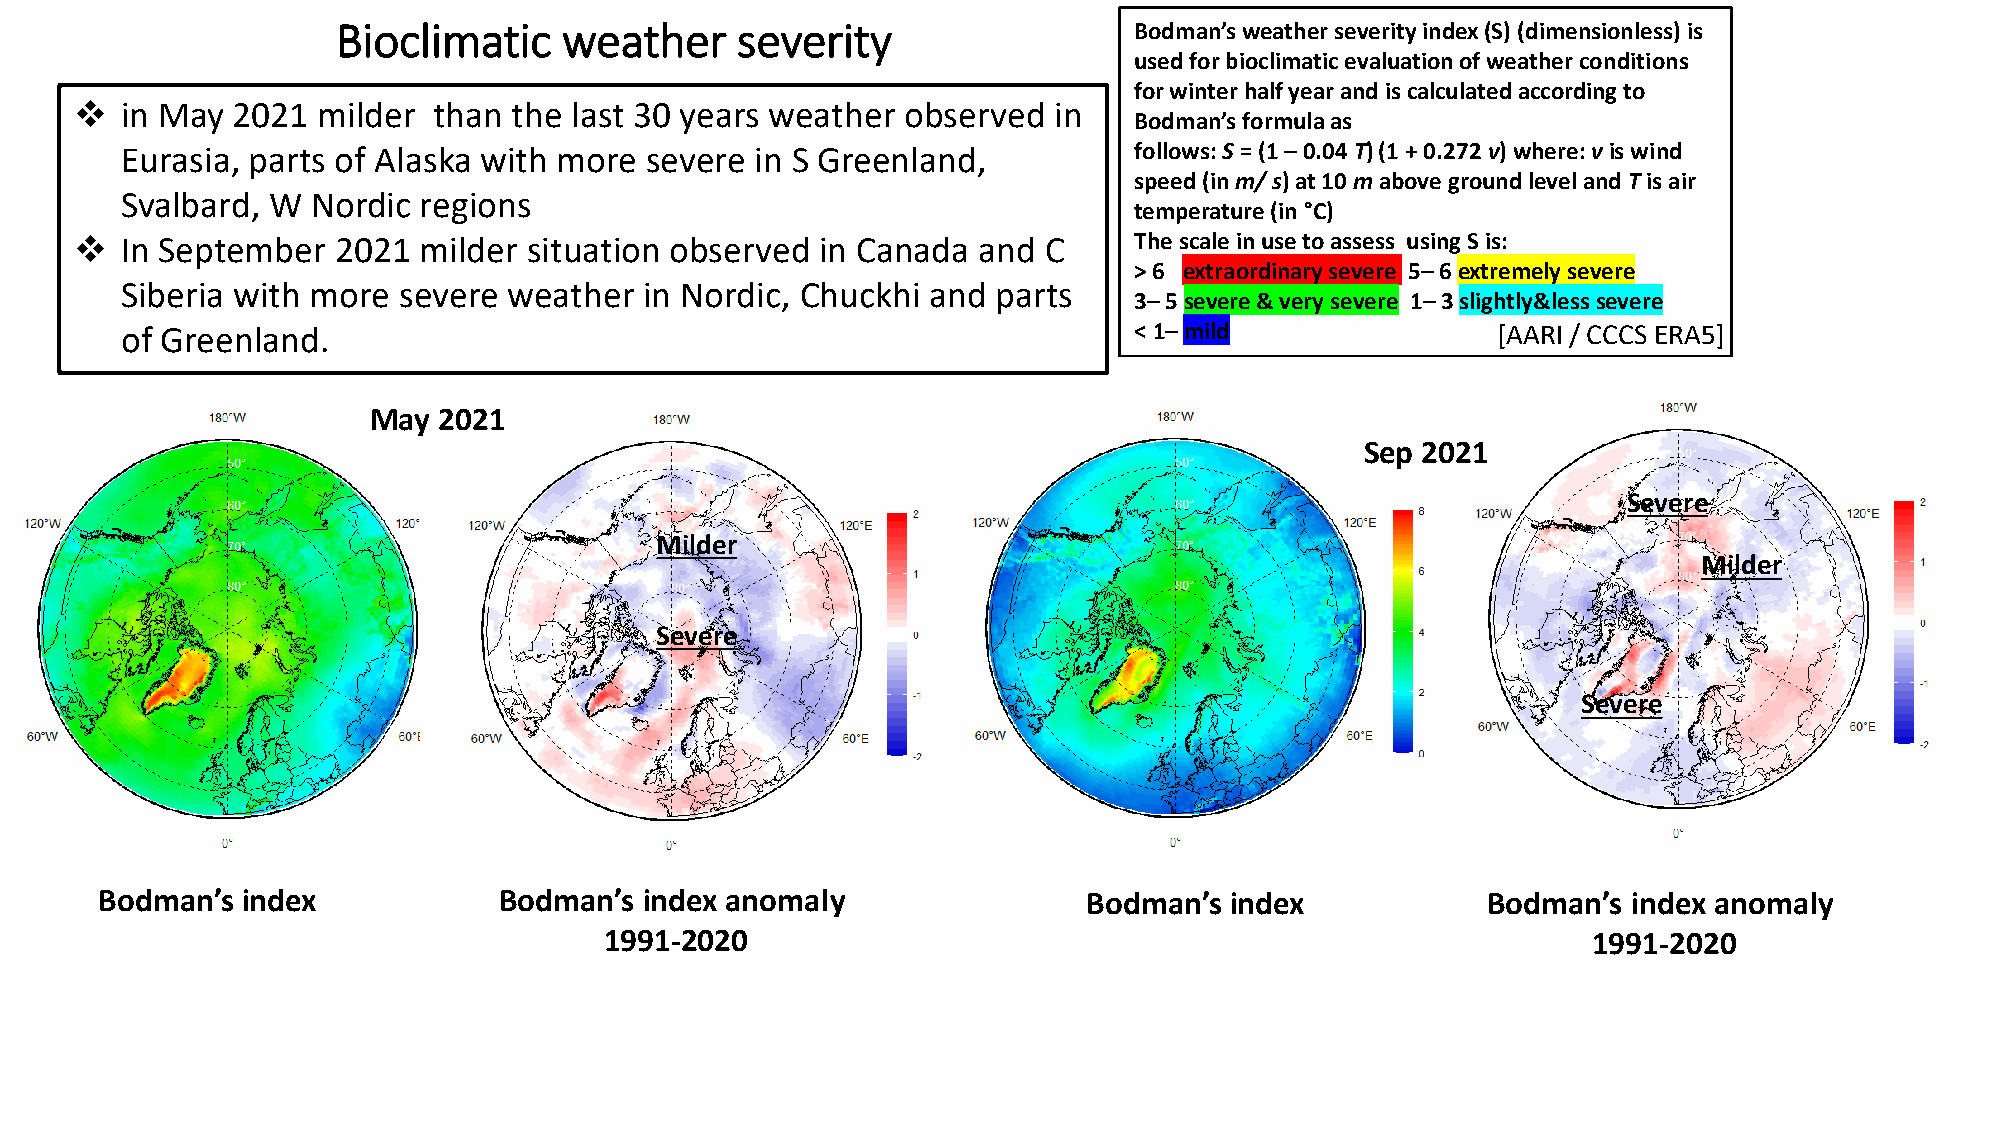
Bioclimatic    weather     severity                  Bodman’sweather severity index (S) (dimensionless) is
 used for bioclimatic evaluation of weather conditions
 for winter half year and is calculated according to
 ❖  in May 2021  milder  than the last 30 years weather observed  in
 Bodman’sformula as
 Eurasia, parts of Alaska with more severe in S Greenland,          follows:S = (1 –0.04 T) (1 + 0.272 v)where: v is wind
 speed (in m/ s) at 10 m above ground level and T is air
 Svalbard, W  Nordic regions
 temperature (in °C)
 ❖  In September  2021  milder situation observed in Canada  and C     The scale in use to assess using S is:
 > 6 extraordinary severe 5–6 extremely severe
 Siberia with more severe  weather  in Nordic, Chuckhi and parts
 3–5 severe & very severe 1–3 slightly&lesssevere
 of Greenland.                                                      < 1–mild                [AARI / CCCS ERA5]
 May  2021
 Sep 2021
 Severe
 Milder
 Milder
 Severe
 Severe
 Apr 2021
 Bodman’s  index            Bodman’s  index anomaly                Bodman’s index            Bodman’s  index anomaly
 1991-2020                                                        1991-2020